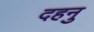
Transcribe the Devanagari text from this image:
दहनु